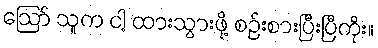
ဪ သူက ငါ့ ထားသွားဖို့ စဉ်းစားပြီးပြီကိုး။